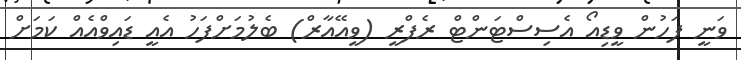
ވަނީ ފަހުން ވީޑިއޯ އެސިސްޓަންޓް ރެފްރީ (ވީއޭއާރް) ބެލުމަށްފަަހު އެއީ ޑައިވްއެއް ކަމަށް